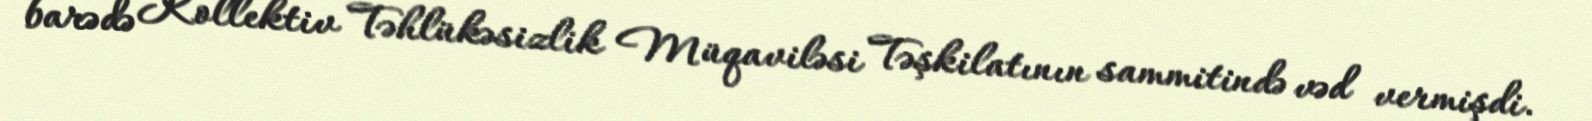
barədə Kollektiv Təhlükəsizlik Müqaviləsi Təşkilatının sammitində vəd vermişdi.